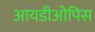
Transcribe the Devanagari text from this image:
आयडीओपिस